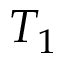
T _ { 1 }